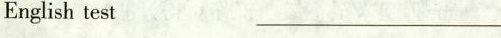
Englishtest_________